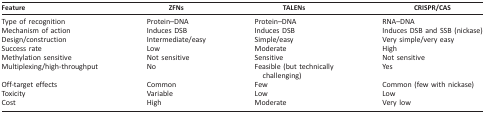
<table><thead><tr><td><b>Feature</b></td><td><b>ZFNs</b></td><td><b>TALENs</b></td><td><b>CRISPR/CAS</b></td></tr></thead><tbody><tr><td>Type of recognition</td><td>Protein–DNA</td><td>Protein–DNA</td><td>RNA–DNA</td></tr><tr><td>Mechanism of action</td><td>Induces DSB</td><td>Induces DSB</td><td>Induces DSB and SSB (nickase)</td></tr><tr><td>Design/construction</td><td>Intermediate/easy</td><td>Simple/easy</td><td>Very simple/very easy</td></tr><tr><td>Success rate</td><td>Low</td><td>Moderate</td><td>High</td></tr><tr><td>Methylation sensitive</td><td>Not sensitive</td><td>Sensitive</td><td>Not sensitive</td></tr><tr><td>Multiplexing/high-throughput</td><td>No</td><td>Feasible (but technically challenging)</td><td>Yes</td></tr><tr><td>Off-target effects</td><td>Common</td><td>Few</td><td>Common (few with nickase)</td></tr><tr><td>Toxicity</td><td>Variable</td><td>Low</td><td>Low</td></tr><tr><td>Cost</td><td>High</td><td>Moderate</td><td>Very low</td></tr></tbody></table>